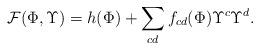
LaTeX: \begin{align*}{\cal F}{(\Phi,{\Upsilon})} = h({\Phi}) +\sum_{cd} f_{cd}({\Phi}){\Upsilon}^{c} {\Upsilon}^{d}.\end{align*}